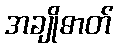
အချိုဓာတ်